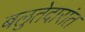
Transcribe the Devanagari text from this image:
बलुतेदारांत